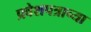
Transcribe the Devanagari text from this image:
प्रवेशपत्राच्या